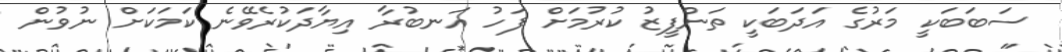
ސަބަބަކީ މަރުގެ އަދަބަކީ ތަންފީޒު ކުރުމަށް ފަހު އަނބުރާ އިޔާދަކުރެވޭނެ ކަމަކަށް ނުވުން